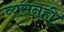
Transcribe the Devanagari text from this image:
व्यसनही